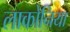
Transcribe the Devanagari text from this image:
लाकोनिया